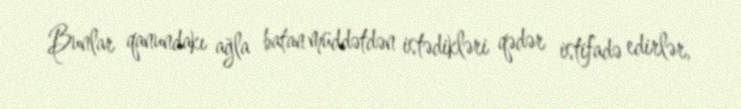
Bunlar qanundakı ağla batan müddətdən istədikləri qədər istifadə edirlər,